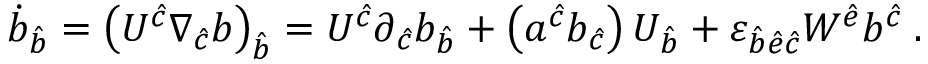
\dot { b } _ { \hat { b } } = \left( U ^ { \hat { c } } \nabla _ { \hat { c } } b \right) _ { \hat { b } } = U ^ { \hat { c } } \partial _ { \hat { c } } b _ { \hat { b } } + \left( a ^ { \hat { c } } b _ { \hat { c } } \right) U _ { \hat { b } } + { \varepsilon } _ { \hat { b } \hat { e } \hat { c } } W ^ { \hat { e } } b ^ { \hat { c } } \; .